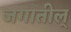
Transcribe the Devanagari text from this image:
जगातील्